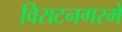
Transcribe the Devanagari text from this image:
विराटनगरमे